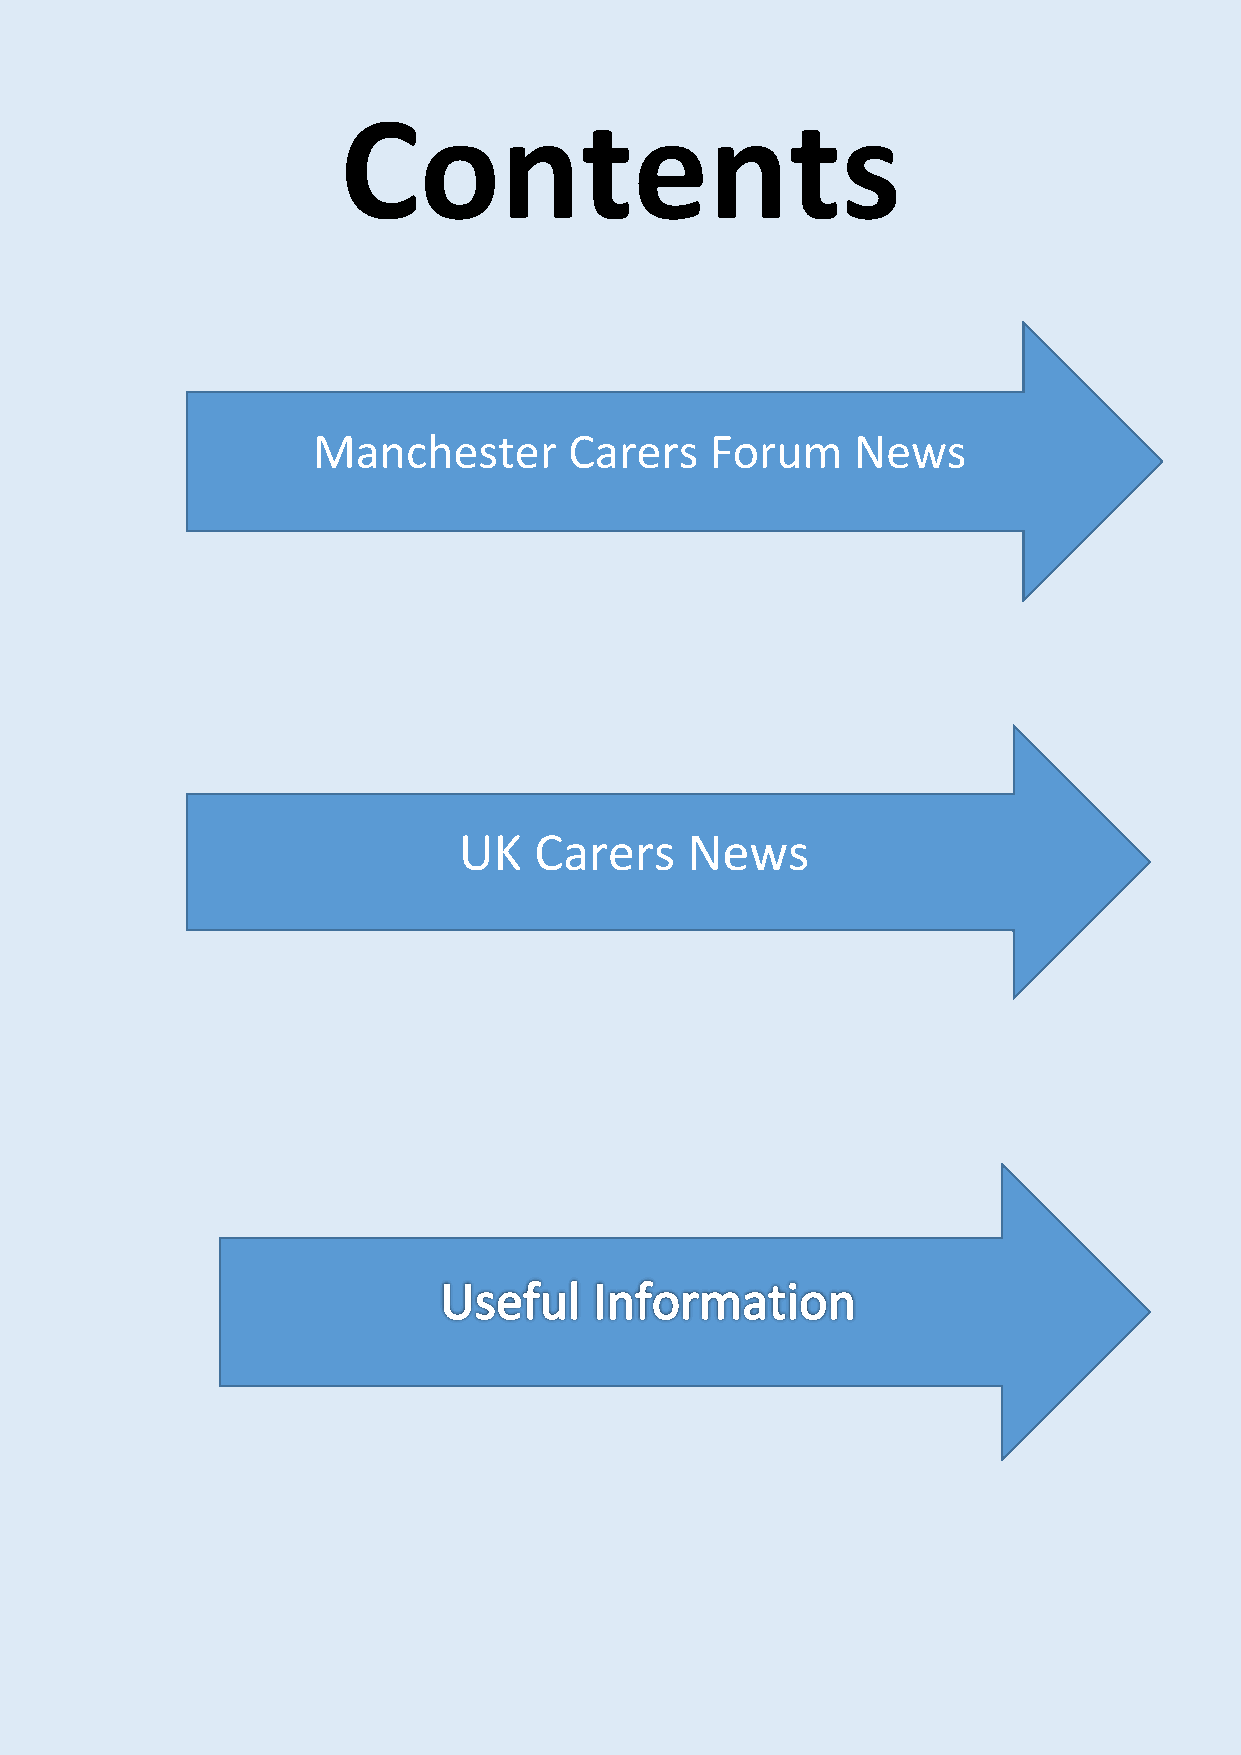
Contents
 Manchester       Carers   Forum    News
 UK   Carers    News